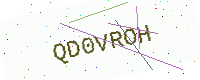
Text: QD0VROH